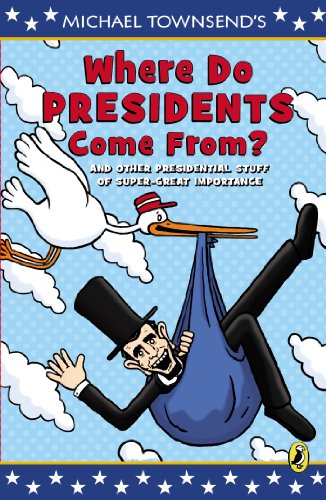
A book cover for Where Do Presidents Come From?: And Other Presidential Stuff of Super Great Importance; Michael Townsend; Children's Books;